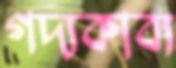
গদ্যকাব্য